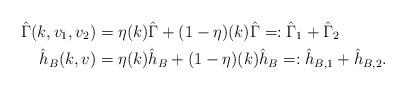
LaTeX: \begin{align*}\hat{\Gamma}(k,v_1,v_2) &= \eta(k) \hat{\Gamma} + (1-\eta)(k) \hat{\Gamma} =: \hat{\Gamma}_1+\hat{\Gamma}_2 \\\hat{h}_B(k,v) &= \eta(k) \hat{h}_B + (1-\eta)(k) \hat{h}_B =: \hat{h}_{B,1}+\hat{h}_{B,2} .\end{align*}